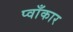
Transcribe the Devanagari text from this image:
प्वाँकार